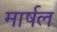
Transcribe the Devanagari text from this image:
मार्षल